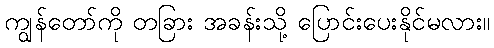
ကျွန်တော်ကို တခြား အခန်းသို့ ပြောင်းပေးနိုင်မလား။